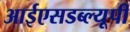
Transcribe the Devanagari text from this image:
आईएसडब्ल्यूपी